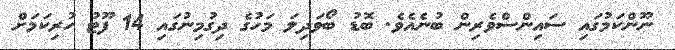
ނޫންކަމުގައި ސައިންސްވެރިން ބުނެއެވެ. ބޮޑު ބޯވަދިލަ މަަހުގެ ދިގުމިނުގައި 14 ފޫޓު ހުރިކަމަށް